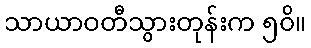
သာယာဝတီသွားတုန်းက ၅၀ိ။